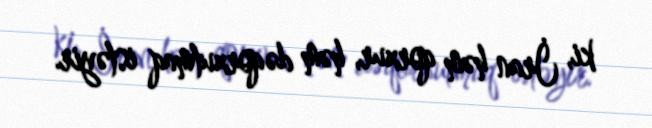
ki, İran həm qorxur, həm də qorxutmaq istəyir.